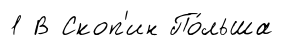
1 В Скоп'ин По́льша